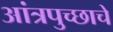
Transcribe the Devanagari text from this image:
आंत्रपुच्छाचे